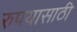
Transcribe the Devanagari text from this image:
रुपयासाठी